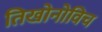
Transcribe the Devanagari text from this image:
तिखोनोविच